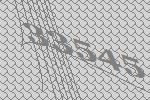
33545